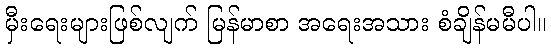
မှီးရေးများဖြစ်လျက် မြန်မာစာ အရေးအသား စံချိန်မမီပါ။